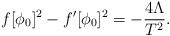
\begin{align*}f[\phi_0]^2-f'[\phi_0]^2 = -\frac{4 \Lambda}{T^2} .\end{align*}